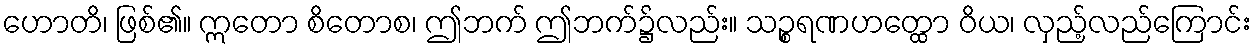
ဟောတိ၊ ဖြစ်၏။ ဣတော စိတောစ၊ ဤဘက် ဤဘက်၌လည်း။ သဉ္စရဏဟတ္ထော ဝိယ၊ လှည့်လည်ကြောင်း